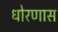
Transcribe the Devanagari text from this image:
धोरणास